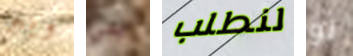
ويبر هي لنطلب لو